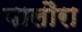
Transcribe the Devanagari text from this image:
पालौरा